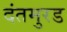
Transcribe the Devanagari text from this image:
दंतमुरड